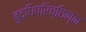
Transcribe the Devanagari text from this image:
बुद्धिपरिच्छिन्न